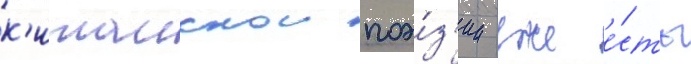
к'итаискои поэ́з'ии уже е́сть